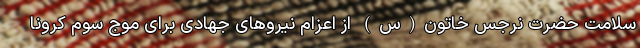
سلامت حضرت نرجس خاتون(س) از اعزام نیروهای جهادی برای موج سوم کرونا